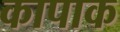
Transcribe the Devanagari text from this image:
कापाक